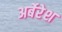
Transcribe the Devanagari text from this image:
अर्बेरेश